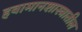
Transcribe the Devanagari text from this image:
हवामानशास्त्रातील